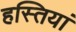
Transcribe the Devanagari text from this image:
हस्‍तियां